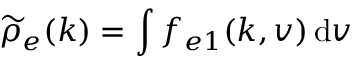
\widetilde { \rho } _ { e } ( \boldsymbol { k } ) = \int f _ { e 1 } ( \boldsymbol { k } , \boldsymbol { v } ) \, \mathrm { d } \boldsymbol { v }